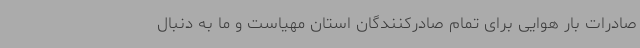
صادرات بار هوایی برای تمام صادرکنندگان استان مهیاست و ما به دنبال